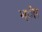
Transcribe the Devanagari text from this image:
भ्ीा